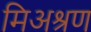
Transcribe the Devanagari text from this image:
मिअश्रण